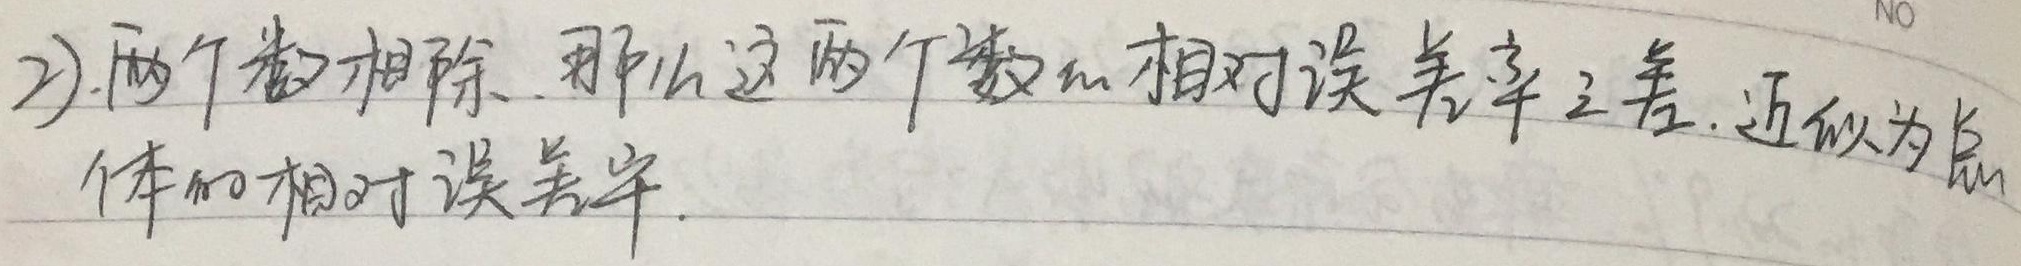
2) 两个数相除，那么这两个数的相对误差率之差，近似为总体的相对误差率.